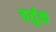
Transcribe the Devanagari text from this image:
वर्तुक